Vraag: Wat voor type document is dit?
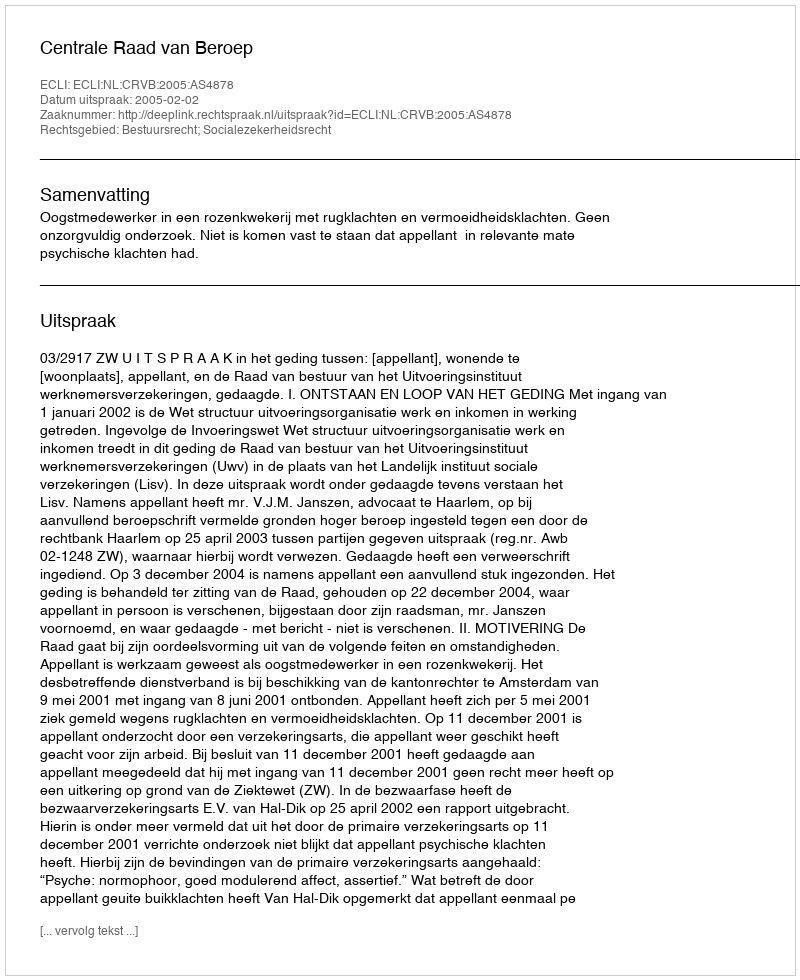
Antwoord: Uitspraak